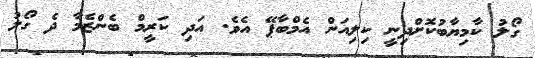
ގޯލު ކާމިޔާބުކޮށްދިނީ ކިލިއަން އެމްބާޕޭ އެވެ. އަދި ކަރީމް ބެންޒެމާ ދެ ގޯލު